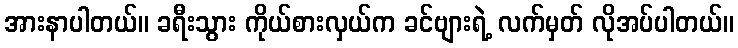
အားနာပါတယ်။ ခရီးသွား ကိုယ်စားလှယ်က ခင်ဗျားရဲ့ လက်မှတ် လိုအပ်ပါတယ်။